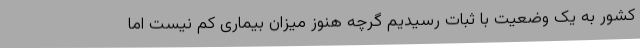
کشور به یک وضعیت با ثبات رسیدیم گرچه هنوز میزان بیماری کم نیست اما